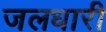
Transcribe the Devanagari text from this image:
जलधारी